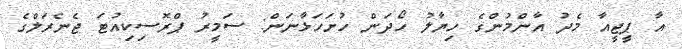
އާ ޕީޖީއާ މެދު އާންމުންގެ ހިޔާލު ހޯދަން ހުށަހަޅާނަން: ސަމީރު ޕްރޮސިކިއުޓަ ޖެނެރަލްގެ